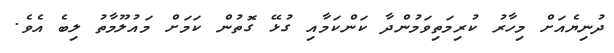
ދުނިޔެއަށް މިހާރު ކުރިމަތިވަމުންދާ ކަންކަމާއި ގުޅޭ ގޮތުން ކަމަށް މައުލޫމާތު ލިބެ އެވެ.